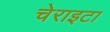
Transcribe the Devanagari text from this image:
चेराइटा